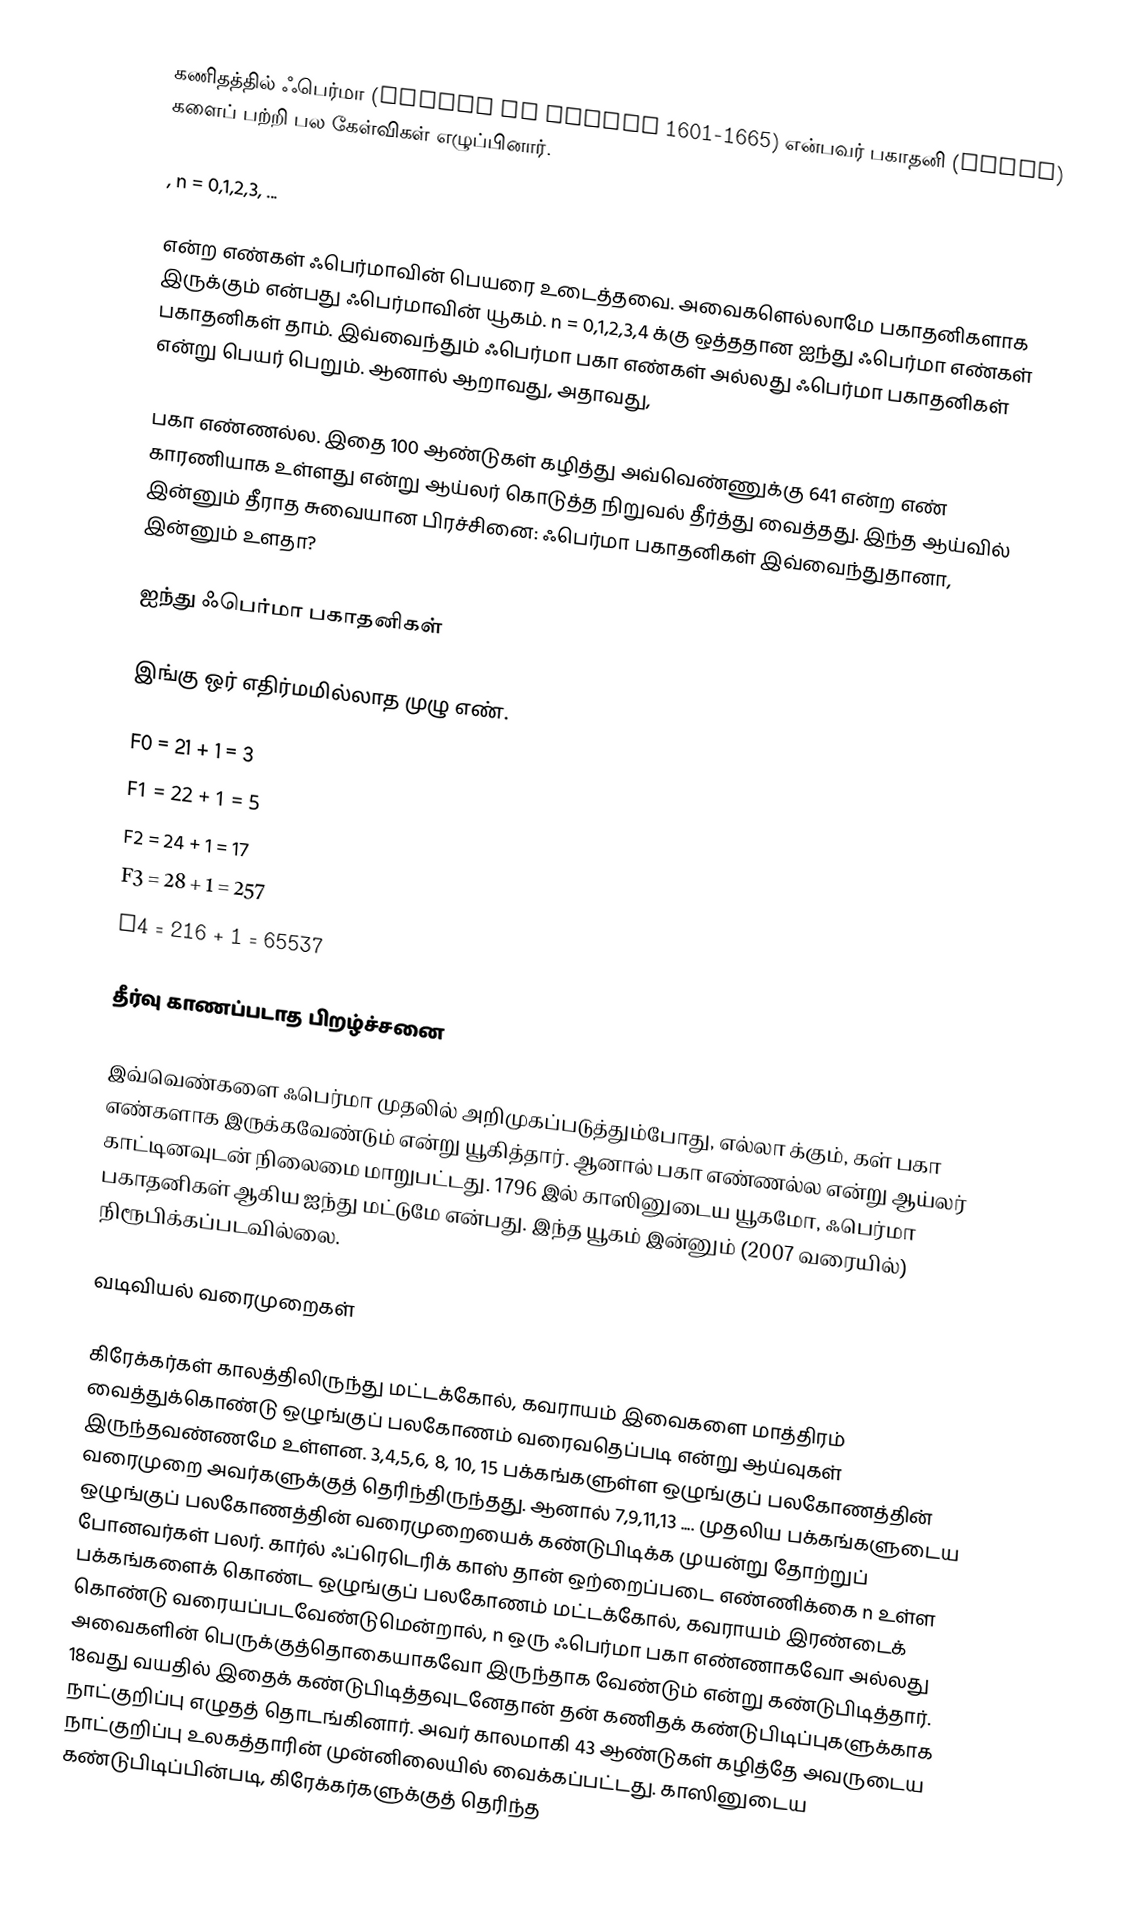
கணிதத்தில் ஃபெர்மா (Pierre de Fermat 1601-1665) என்பவர் பகாதனி (Prime) களைப் பற்றி பல கேள்விகள் எழுப்பினார்.

, n = 0,1,2,3, ...

என்ற எண்கள் ஃபெர்மாவின் பெயரை உடைத்தவை. அவைகளெல்லாமே பகாதனிகளாக இருக்கும் என்பது ஃபெர்மாவின் யூகம். n = 0,1,2,3,4 க்கு ஒத்ததான ஐந்து ஃபெர்மா எண்கள் பகாதனிகள் தாம். இவ்வைந்தும் ஃபெர்மா பகா எண்கள் அல்லது ஃபெர்மா பகாதனிகள் என்று பெயர் பெறும். ஆனால் ஆறாவது, அதாவது,

பகா எண்ணல்ல. இதை 100 ஆண்டுகள் கழித்து அவ்வெண்ணுக்கு 641 என்ற எண் காரணியாக உள்ளது என்று ஆய்லர் கொடுத்த நிறுவல் தீர்த்து வைத்தது. இந்த ஆய்வில் இன்னும் தீராத சுவையான பிரச்சினை: ஃபெர்மா பகாதனிகள் இவ்வைந்துதானா, இன்னும் உளதா?

ஐந்து ஃபெர்மா பகாதனிகள்

 இங்கு  ஒர் எதிர்மமில்லாத முழு எண்.

F0 = 21 + 1 = 3
F1 = 22 + 1 = 5
F2 = 24 + 1 = 17
F3 = 28 + 1 = 257
F4 = 216 + 1 = 65537

தீர்வு காணப்படாத பிறழ்ச்சனை

இவ்வெண்களை ஃபெர்மா முதலில் அறிமுகப்படுத்தும்போது, எல்லா  க்கும்,  கள் பகா எண்களாக இருக்கவேண்டும் என்று யூகித்தார். ஆனால்  பகா எண்ணல்ல என்று ஆய்லர் காட்டினவுடன் நிலைமை மாறுபட்டது. 1796 இல் காஸினுடைய யூகமோ, ஃபெர்மா பகாதனிகள்  ஆகிய ஐந்து மட்டுமே என்பது. இந்த யூகம் இன்னும் (2007 வரையில்) நிரூபிக்கப்படவில்லை.

வடிவியல் வரைமுறைகள்

கிரேக்கர்கள் காலத்திலிருந்து மட்டக்கோல், கவராயம் இவைகளை மாத்திரம் வைத்துக்கொண்டு ஒழுங்குப் பலகோணம் வரைவதெப்படி என்று ஆய்வுகள் இருந்தவண்ணமே உள்ளன. 3,4,5,6, 8, 10, 15 பக்கங்களுள்ள ஒழுங்குப் பலகோணத்தின் வரைமுறை அவர்களுக்குத் தெரிந்திருந்தது. ஆனால் 7,9,11,13 .... முதலிய பக்கங்களுடைய ஒழுங்குப் பலகோணத்தின் வரைமுறையைக் கண்டுபிடிக்க முயன்று தோற்றுப் போனவர்கள் பலர். கார்ல் ஃப்ரெடெரிக் காஸ் தான் ஒற்றைப்படை எண்ணிக்கை n உள்ள பக்கங்களைக் கொண்ட ஒழுங்குப் பலகோணம் மட்டக்கோல், கவராயம் இரண்டைக் கொண்டு வரையப்படவேண்டுமென்றால், n ஒரு ஃபெர்மா பகா எண்ணாகவோ அல்லது அவைகளின் பெருக்குத்தொகையாகவோ இருந்தாக வேண்டும் என்று கண்டுபிடித்தார். 18வது வயதில் இதைக் கண்டுபிடித்தவுடனேதான் தன் கணிதக் கண்டுபிடிப்புகளுக்காக நாட்குறிப்பு எழுதத் தொடங்கினார். அவர் காலமாகி 43 ஆண்டுகள் கழித்தே அவருடைய நாட்குறிப்பு உலகத்தாரின் முன்னிலையில் வைக்கப்பட்டது. காஸினுடைய கண்டுபிடிப்பின்படி, கிரேக்கர்களுக்குத் தெரிந்த